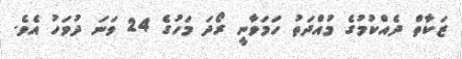
ޒަކާތް ދެއްކުމުގެ މުއްދަތު ހަމަވާނީ ރޯދަ މަހުގެ 24 ވަނަ ދުވަހު އެވެ.